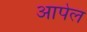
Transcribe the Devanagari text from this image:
आपेल